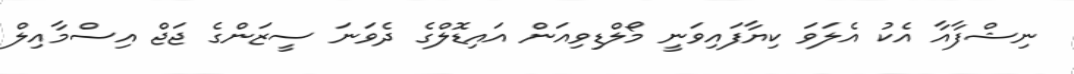
ނިޝްފާއާ އެކު އެލަވަ ކިޔާފައިވަނީ މޯލްޑިވިއަން އައިޑޮލްގެ ދެވަނަ ސީޒަންގެ ޖަޖް އިސްމާއިލް